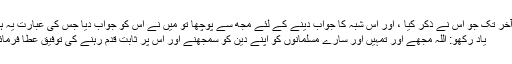
اور آخر تک جو اس نے ذکر کیا ، اور اس شبہ کا جواب دینے کے لئے مجھ سے پوچھا تو میں نے اس کو جواب دیا جس کی عبارت یہ ہے :
یاد رکھو: اللہ مجھے اور تمہیں اور سارے مسلمانوں کو اپنے دین کو سمجھنے اور اس پر ثابت قدم رہنے کی توفیق عطا فرمائے ۔